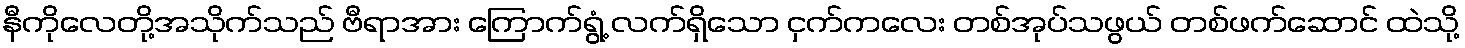
နီကိုလေတို့အသိုက်သည် ဗီရာအား ကြောက်ရွံ့ လက်ရှိသော ငှက်ကလေး တစ်အုပ်သဖွယ် တစ်ဖက်ဆောင် ထဲသို့